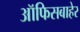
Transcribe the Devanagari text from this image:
ऑफिसबाहेर